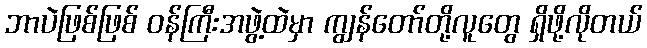
ဘာပဲဖြစ်ဖြစ် ဝန်ကြီးအဖွဲ့ထဲမှာ ကျွန်တော်တို့လူတွေ ရှိဖို့လိုတယ်